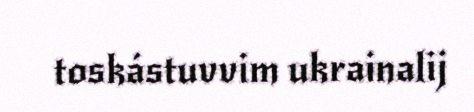
toskástuvvim ukrainalij